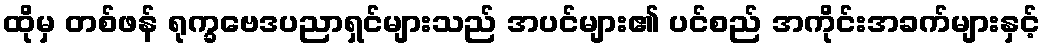
ထိုမှ တစ်ဖန် ရုက္ခဗေဒပညာရှင်များသည် အပင်များ၏ ပင်စည် အကိုင်းအခက်များနှင့်